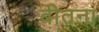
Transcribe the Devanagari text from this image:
बीतना